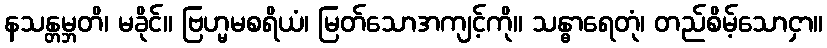
နသန္တမ္ဘတိ၊ မခိုင်။ ဗြဟ္မမစရိယံ၊ မြတ်သောအကျင့်ကို။ သန္ဓာရေတုံ၊ တည်စိမ့်သောငှာ။